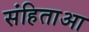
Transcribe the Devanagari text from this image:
संहिताआ